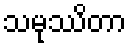
သမုဿိတာ